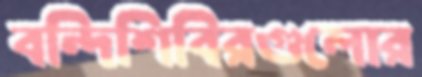
বন্দিশিবিরগুলোর